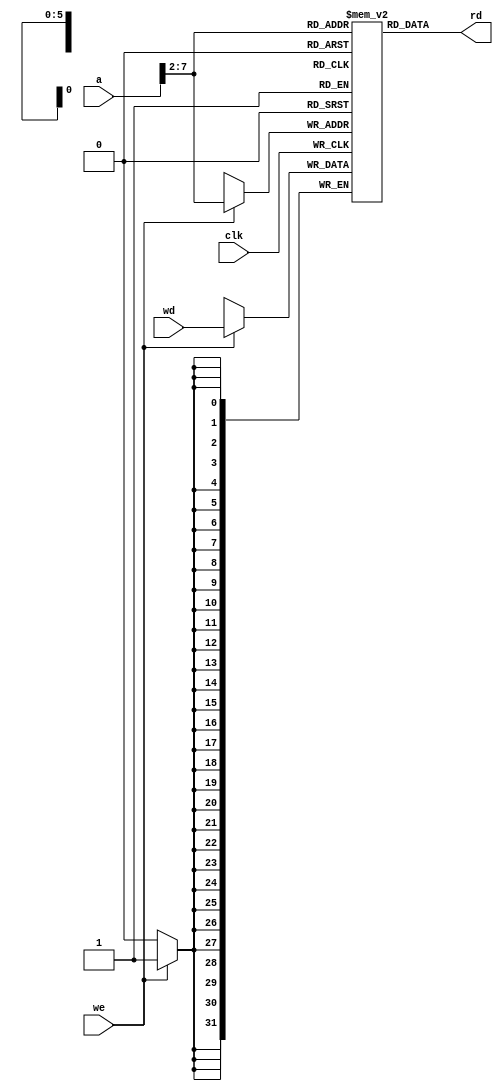
`timescale 1ns / 1ps
//////////////////////////////////////////////////////////////////////////////////
// Company: 		 CSUChico
// 
// Design Name: 
// Module Name:    imem
// Project Name: 
// Target Devices: 
// Tool versions: 
// Description: 
//
// Dependencies: 
//
// Revision: 
// Revision 0.01 - File Created
// Additional Comments: 
//
//////////////////////////////////////////////////////////////////////////////////
module dmem(input clk,we,
				input		[31:0] a, wd,
				output	[31:0] rd
				);
				
	reg [31:0]	RAM[63:0];
	
	assign rd = RAM[a[31:2]]; // word aligned
	
	always @(posedge clk)
	if (we)
		RAM[a[31:2]] <= wd;
endmodule


module imem(
    input [5:0] a,
    output [31:0] rd
    );
	reg [31:0] RAM[63:0];
	 
	initial begin
	$readmemh("imem.dat", RAM);	// file with instructions in it.
	end

	assign rd = RAM[a];  // word aligned

endmodule